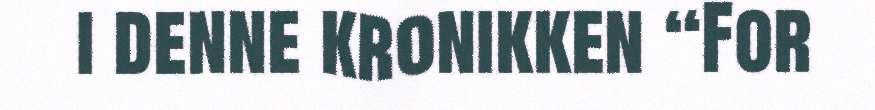
i denne kronikken “For